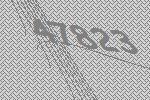
47823